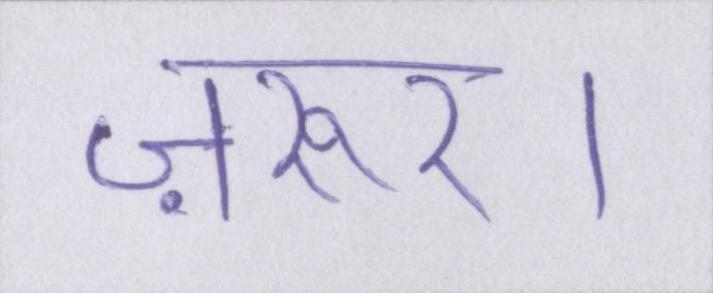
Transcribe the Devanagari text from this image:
ज़रुर।